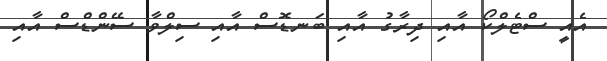
އެއީ ސްޓެލްކޯ އާއި ދިރާގު އާއި ބަނޑޮސް އާއި ސިލްވާ ސޭންޑްސް އާއި